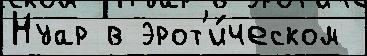
Нуар в эрот'и́ческом